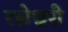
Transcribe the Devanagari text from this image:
रत्नेश्वरी